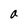
Character: a